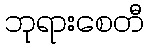
ဘုရားစေတီ